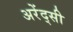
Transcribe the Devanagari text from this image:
अरेंद्सी